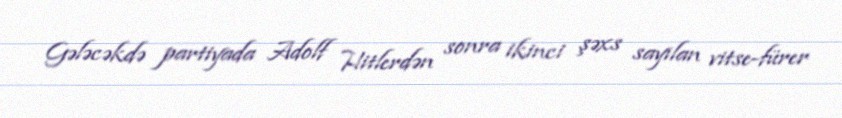
Gələcəkdə partiyada Adolf Hitlerdən sonra ikinci şəxs sayılan vitse-fürer